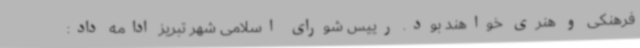
فرهنکی و هنری خواهند بود. رییس شورای اسلامی شهر تبریز ادامه داد: